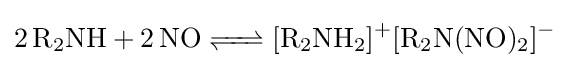
{\ce {2R2NH + 2NO <=> [R2NH2]+[R2N(NO)2]-}}